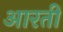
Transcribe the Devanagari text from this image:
आरतीं